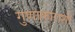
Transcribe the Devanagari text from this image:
गुणाकाराशी